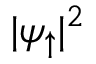
| \psi _ { \uparrow } | ^ { 2 }